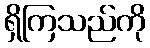
ရှိကြသည်ကို